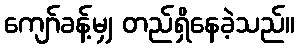
ကျော်ခန့်မျှ တည်ရှိနေခဲ့သည်။